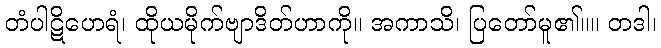
တံပါဋိဟေရံ၊ ထိုယမိုက်ဗျာဒိတ်ဟာကို။ အကာသိ၊ ပြတော်မူ၏။။ တဒါ၊